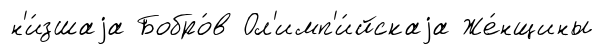
н'и́зшаjа Бобро́в Ол'имп'и́йскаjа Же́нщины